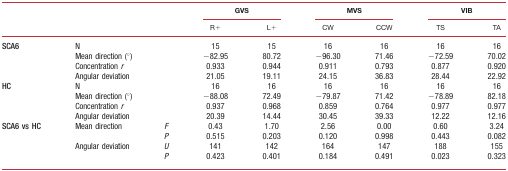
<table><thead><tr><td colspan="3"></td><td colspan="2"><b>GVS</b></td><td colspan="2"><b>MVS</b></td><td colspan="2"><b>VIB</b></td></tr><tr><td colspan="3"></td><td><b>R+</b></td><td><b>L+</b></td><td><b>CW</b></td><td><b>CCW</b></td><td><b>TS</b></td><td><b>TA</b></td></tr></thead><tbody><tr><td rowspan="4"><b>SCA6</b></td><td colspan="2">N</td><td>15</td><td>15</td><td>16</td><td>16</td><td>16</td><td>16</td></tr><tr><td colspan="2">Mean direction (°)</td><td>−82.95</td><td>80.72</td><td>−96.30</td><td>71.46</td><td>−72.59</td><td>70.02</td></tr><tr><td colspan="2">Concentration <i>r</i></td><td>0.933</td><td>0.944</td><td>0.911</td><td>0.793</td><td>0.877</td><td>0.920</td></tr><tr><td colspan="2">Angular deviation</td><td>21.05</td><td>19.11</td><td>24.15</td><td>36.83</td><td>28.44</td><td>22.92</td></tr><tr><td rowspan="4"><b>HC</b></td><td colspan="2">N</td><td>16</td><td>16</td><td>16</td><td>16</td><td>16</td><td>16</td></tr><tr><td colspan="2">Mean direction (°)</td><td>−88.08</td><td>72.49</td><td>−79.87</td><td>71.42</td><td>−78.89</td><td>82.18</td></tr><tr><td colspan="2">Concentration <i>r</i></td><td>0.937</td><td>0.968</td><td>0.859</td><td>0.764</td><td>0.977</td><td>0.977</td></tr><tr><td colspan="2">Angular deviation</td><td>20.39</td><td>14.44</td><td>30.45</td><td>39.33</td><td>12.22</td><td>12.16</td></tr><tr><td rowspan="4"><b>SCA6 vs HC</b></td><td rowspan="2">Mean direction</td><td><i>F</i></td><td>0.43</td><td>1.70</td><td>2.56</td><td>0.00</td><td>0.60</td><td>3.24</td></tr><tr><td><i>P</i></td><td>0.515</td><td>0.203</td><td>0.120</td><td>0.998</td><td>0.443</td><td>0.082</td></tr><tr><td rowspan="2">Angular deviation</td><td><i>U</i></td><td>141</td><td>142</td><td>164</td><td>147</td><td>188</td><td>155</td></tr><tr><td><i>P</i></td><td>0.423</td><td>0.401</td><td>0.184</td><td>0.491</td><td>0.023</td><td>0.323</td></tr></tbody></table>